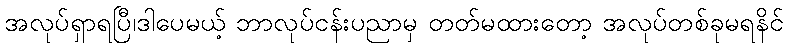
အလုပ်ရှာရပြီ၊ဒါပေမယ့် ဘာလုပ်ငန်းပညာမှ တတ်မထားတော့ အလုပ်တစ်ခုမရနိင်